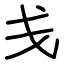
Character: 戋